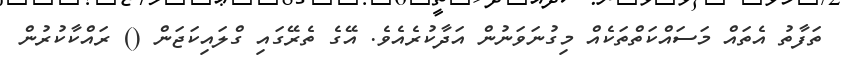
ތަފާތު އެތައް މަސައްކަތްތަކެއް މިގުނަވަނުން އަދާކުރެއެވެ. އޭގެ ތެރޭގައި ގްލައިކަޖަން () ރައްކާކުރުން